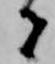
候